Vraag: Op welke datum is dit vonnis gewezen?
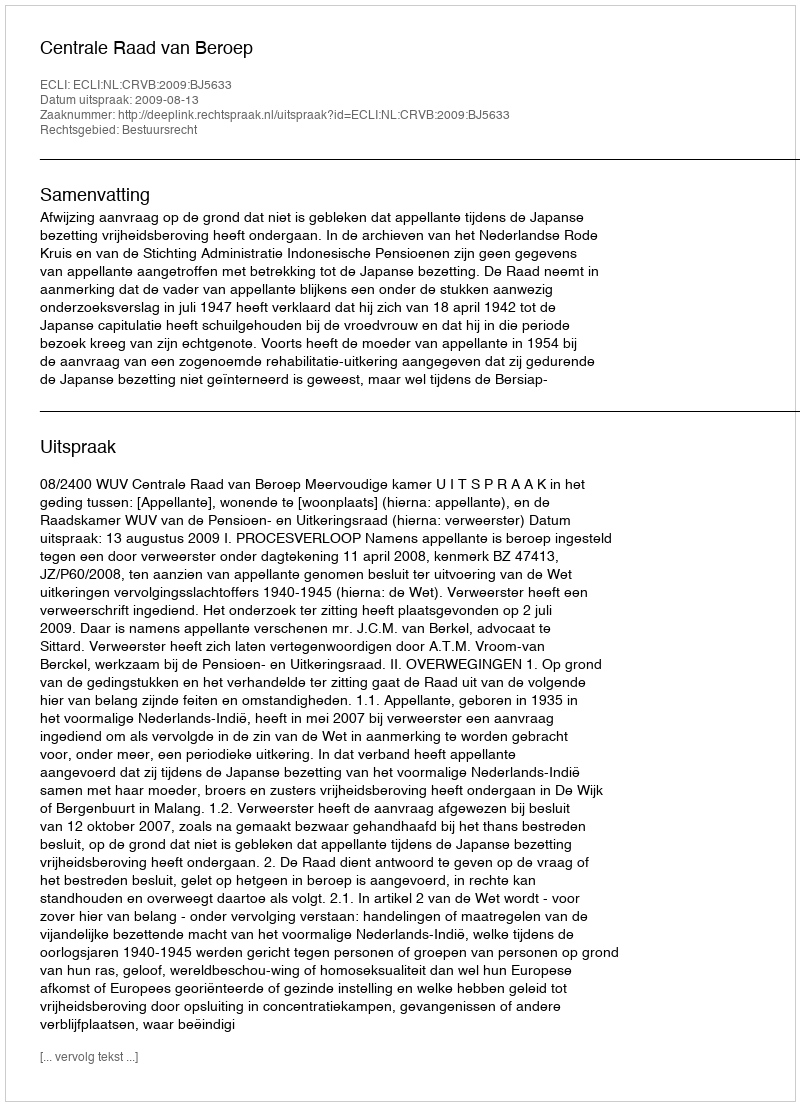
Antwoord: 2009-08-13